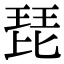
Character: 琵